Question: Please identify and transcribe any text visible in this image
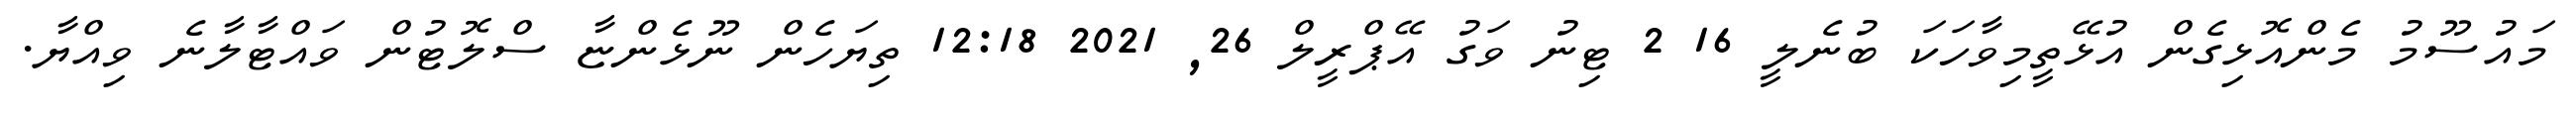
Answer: މައުސޫމު މެންއޮޅިގެން އުޅޭތީމިވާހަކަ ބުނެލީ 16 2 ޓިނު ވަގު އޭޕްރީލް 26, 2021 12:18 ތިޔަހެން ނޫޅެންޏާ ސްލޮޓުން ވައްޓާލާނެ ވިއްޔާ.